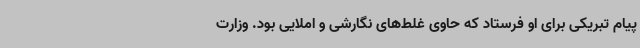
پیام تبریکی برای او فرستاد که حاوی غلط‌های نگارشی و املایی بود. وزارت